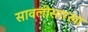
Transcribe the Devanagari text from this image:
सावलीसारखा